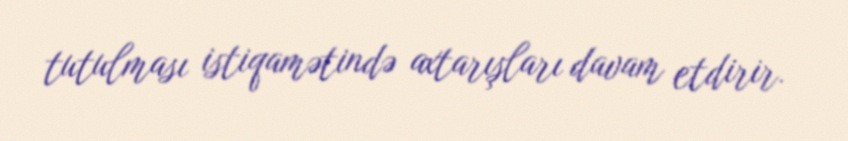
tutulması istiqamətində axtarışları davam etdirir.